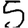
Digit: 5